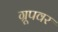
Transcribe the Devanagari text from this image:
ग्रूपवर